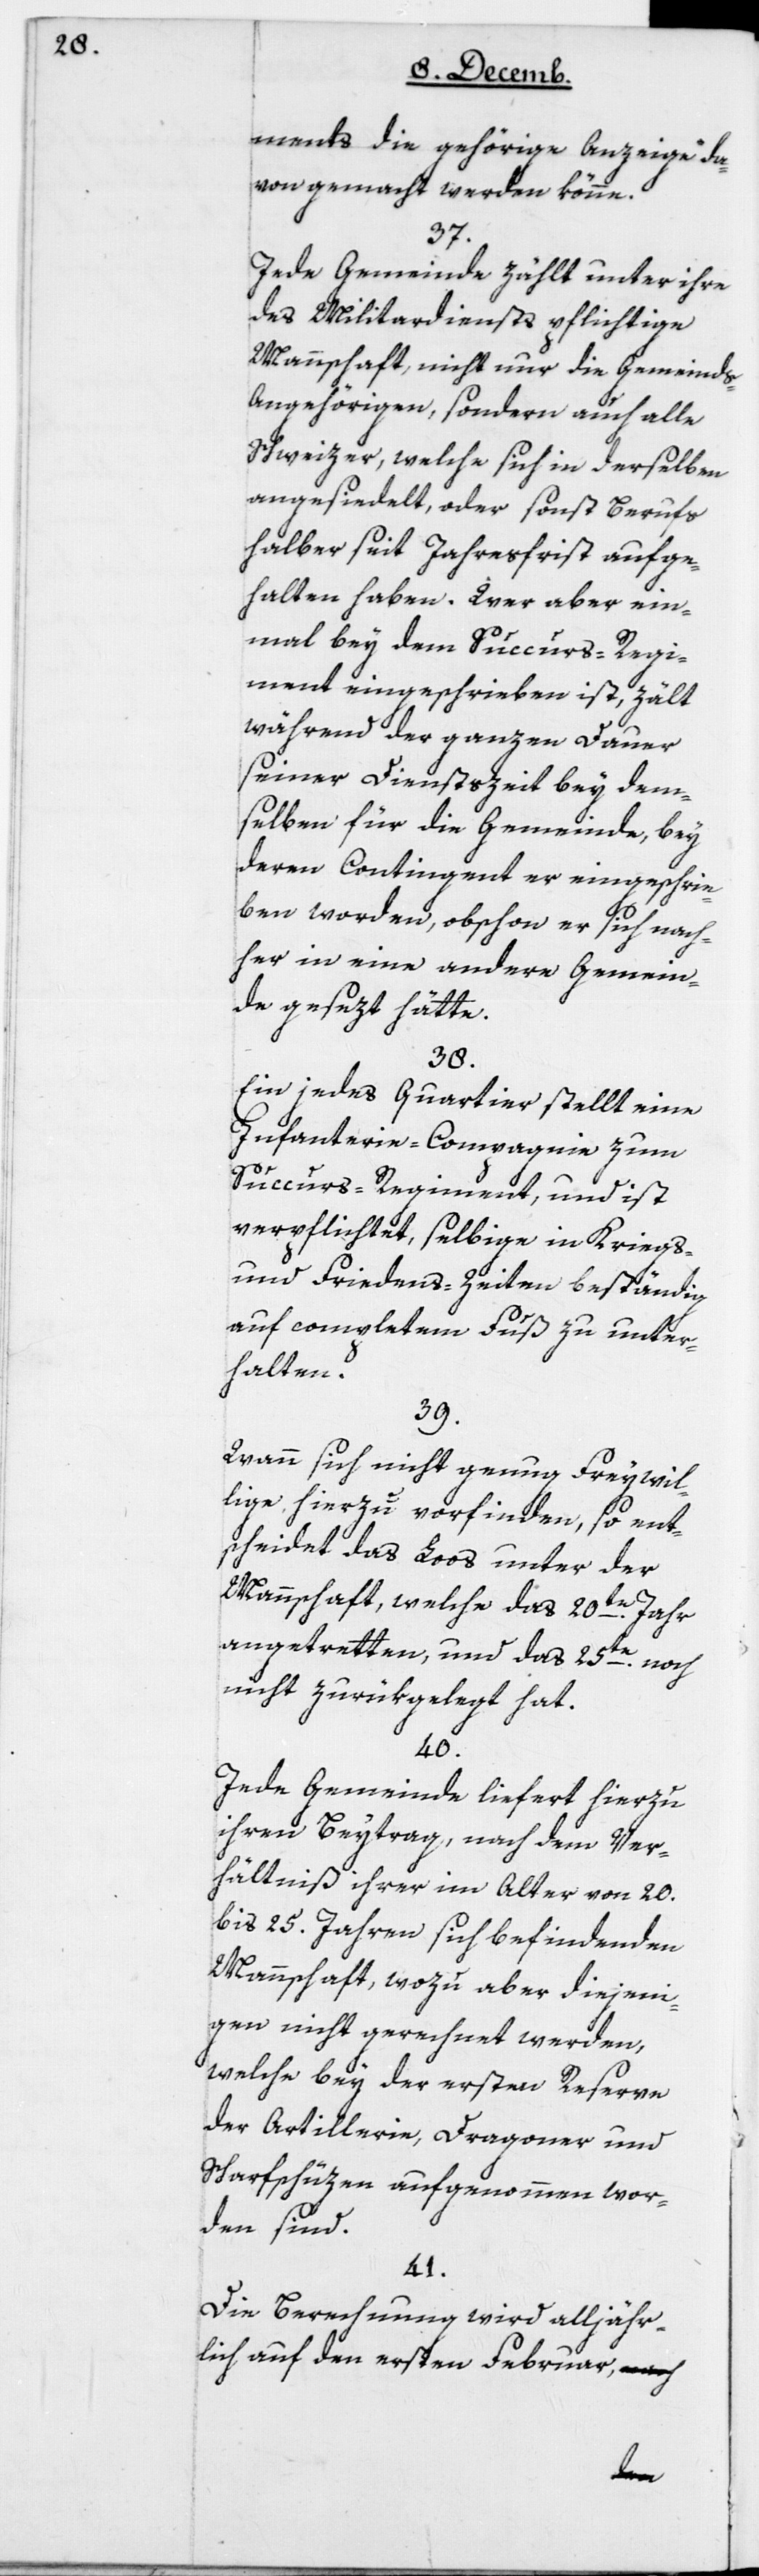
ments die gehörige Anzeige da¬
von gemacht werden könne.
37.
Jede Gemeinde zählt unter ihre
des Militardiensts pflichtige
Mannschaft, nicht nur die Gemeinds¬
angehörigen, sondern auch alle
Schweizer, welche sich in derselben
angesiedelt, oder sonst berufs¬
halber seit Jahresfrist aufge¬
halten haben. Wer aber ein¬
mal bey dem Succurs-Regi¬
ment eingeschrieben ist, zält
während der ganzen Dauer
seiner Dienstszeit bey dem¬
selben für die Gemeinde, bey
deren Contingent er eingeschrie¬
ben worden, obschon er sich nach¬
her in eine andere Gemein¬
de gesezt hätte.
38.
Ein jedes Quartier stellt eine
Infanterie-Compagnie zum
Succurs-Regiment, und ist
verpflichtet, selbige in Kriegs-
und Friedenszeiten beständig
auf complettem Fuß zu unter¬
halten.
39.
Wann sich nicht genug Freywil¬
lige hierzu vorfinden, so ent¬
scheidet das Loos unter der
Mannschaft, welche das 20te Jahr
angetreten und das 25te noch
nicht zurükgelegt hat.
40.
Jede Gemeinde liefert hierzu
ihren Beytrag, nach dem Ver¬
hältniß ihrer im Alter von 20
bis 25 Jahren sich befindenden
Mannschaft, wozu aber diejeni¬
gen nicht gerechnet werden,
welche bey der ersten Reserve
der Artillerie, Dragoner und
Scharfschüzen aufgenommen wor¬
den sind.
41.
Die Berechnung wird alljähr¬
lich auf den ersten Februar